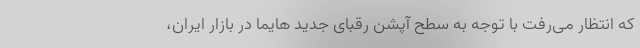
که انتظار می‌رفت با توجه به سطح آپشن رقبای جدید هایما در بازار ایران،